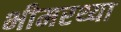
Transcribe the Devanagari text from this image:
भीमरथ्या